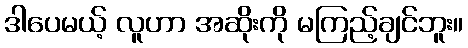
ဒါပေမယ့် လူဟာ အဆိုးကို မကြည့်ချင်ဘူး။